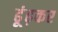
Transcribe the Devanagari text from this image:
ढूंढ़कर